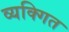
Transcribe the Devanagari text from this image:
व्यक्गित